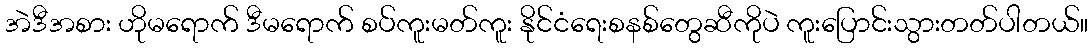
အဲဒီအစား ဟိုမရောက် ဒီမရောက် စပ်ကူးမတ်ကူး နိုင်ငံရေးစနစ်တွေဆီကိုပဲ ကူးပြောင်းသွားတတ်ပါတယ်။